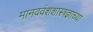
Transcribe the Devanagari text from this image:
मानववंशशास्त्रज्ञाच्या